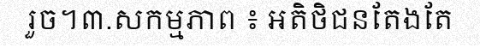
រួច។៣.សកម្មភាព ៖ អតិថិជនតែងតែ